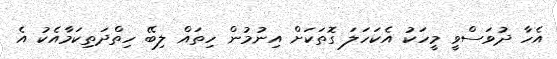
އެހާ ދުވަސްވީ މީހަކު އެކަހަލަ ގޮތަކަށް އިނުމުން ހިތައް ލިބޭ ހިތްދަތިކަމާއެކު އެ